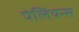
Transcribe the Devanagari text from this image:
पेलियन्स